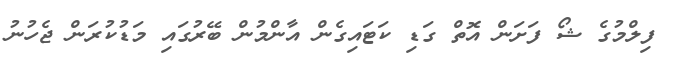
ފިލްމުގެ ޝޯ ފަށަން އޮތް ގަޑި ކަޓައިގެން އާންމުން ބޭރުގައި މަޑުކުރަން ޖެހުނު